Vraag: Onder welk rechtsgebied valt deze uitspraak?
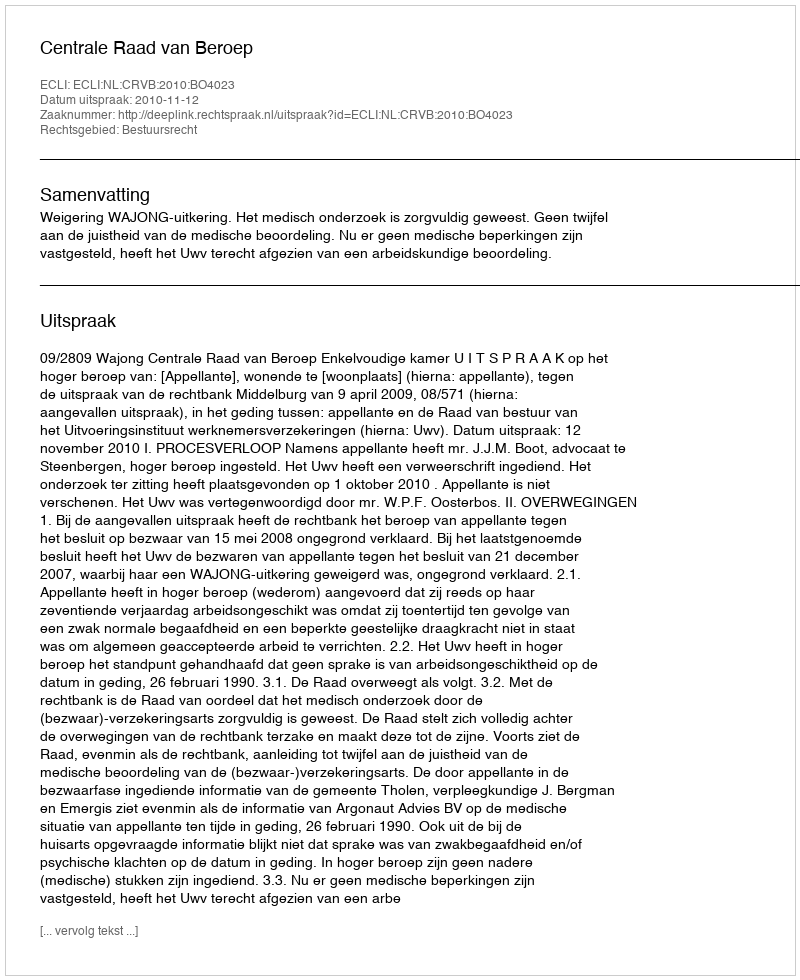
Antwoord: Bestuursrecht